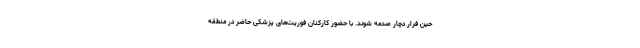
حین فرار دچار صدمه شوند. با حضور کارکنان فوریت‌های پزشکی حاضر در منطقه